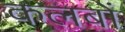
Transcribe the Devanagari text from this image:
कलबों